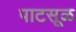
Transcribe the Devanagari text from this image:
पाटसूळ